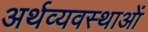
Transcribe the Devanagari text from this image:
अर्थव्यवस्थाआें